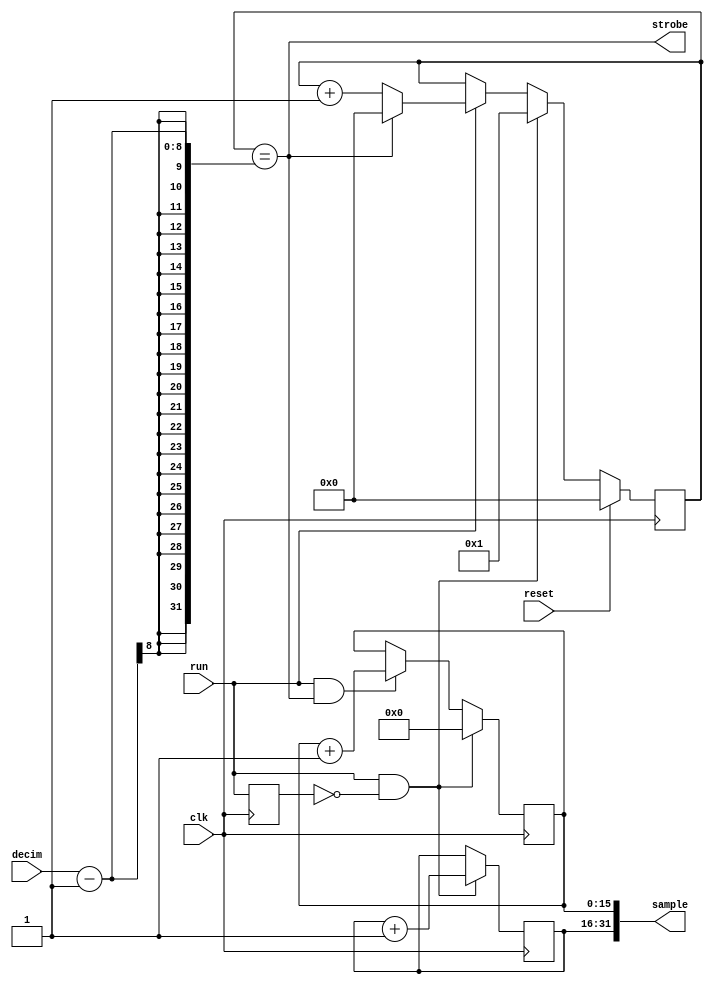
module rx_dsp_model
  (input clk, input reset,
   input run,
   input [7:0] decim,
   output strobe,
   output [31:0] sample);
   reg [15:0] 	  pktnum = 0;
   reg [15:0] 	 counter = 0;
   reg 		 run_d1;
   always @(posedge clk) run_d1 <= run;
   always @(posedge clk)
     if(run & ~run_d1)
       begin
	  counter 		<= 0;
	  pktnum 		<= pktnum + 1;
       end
     else if(run & strobe)
       counter 			<= counter + 1;
   assign sample 		 = {pktnum,counter};
   reg [7:0] stb_ctr = 0;
   always @(posedge clk)
     if(reset)
       stb_ctr 	 <= 0;
     else if(run & ~run_d1)
       stb_ctr 	 <= 1;
     else if(run)
       if(stb_ctr == decim-1)
	 stb_ctr <= 0;
       else
	 stb_ctr <= stb_ctr + 1;
   assign strobe  = stb_ctr == decim-1;
endmodule